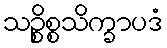
သဉ္စိစ္စသိက္ခာပဒံ